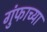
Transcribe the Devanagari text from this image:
गुंफाच्या